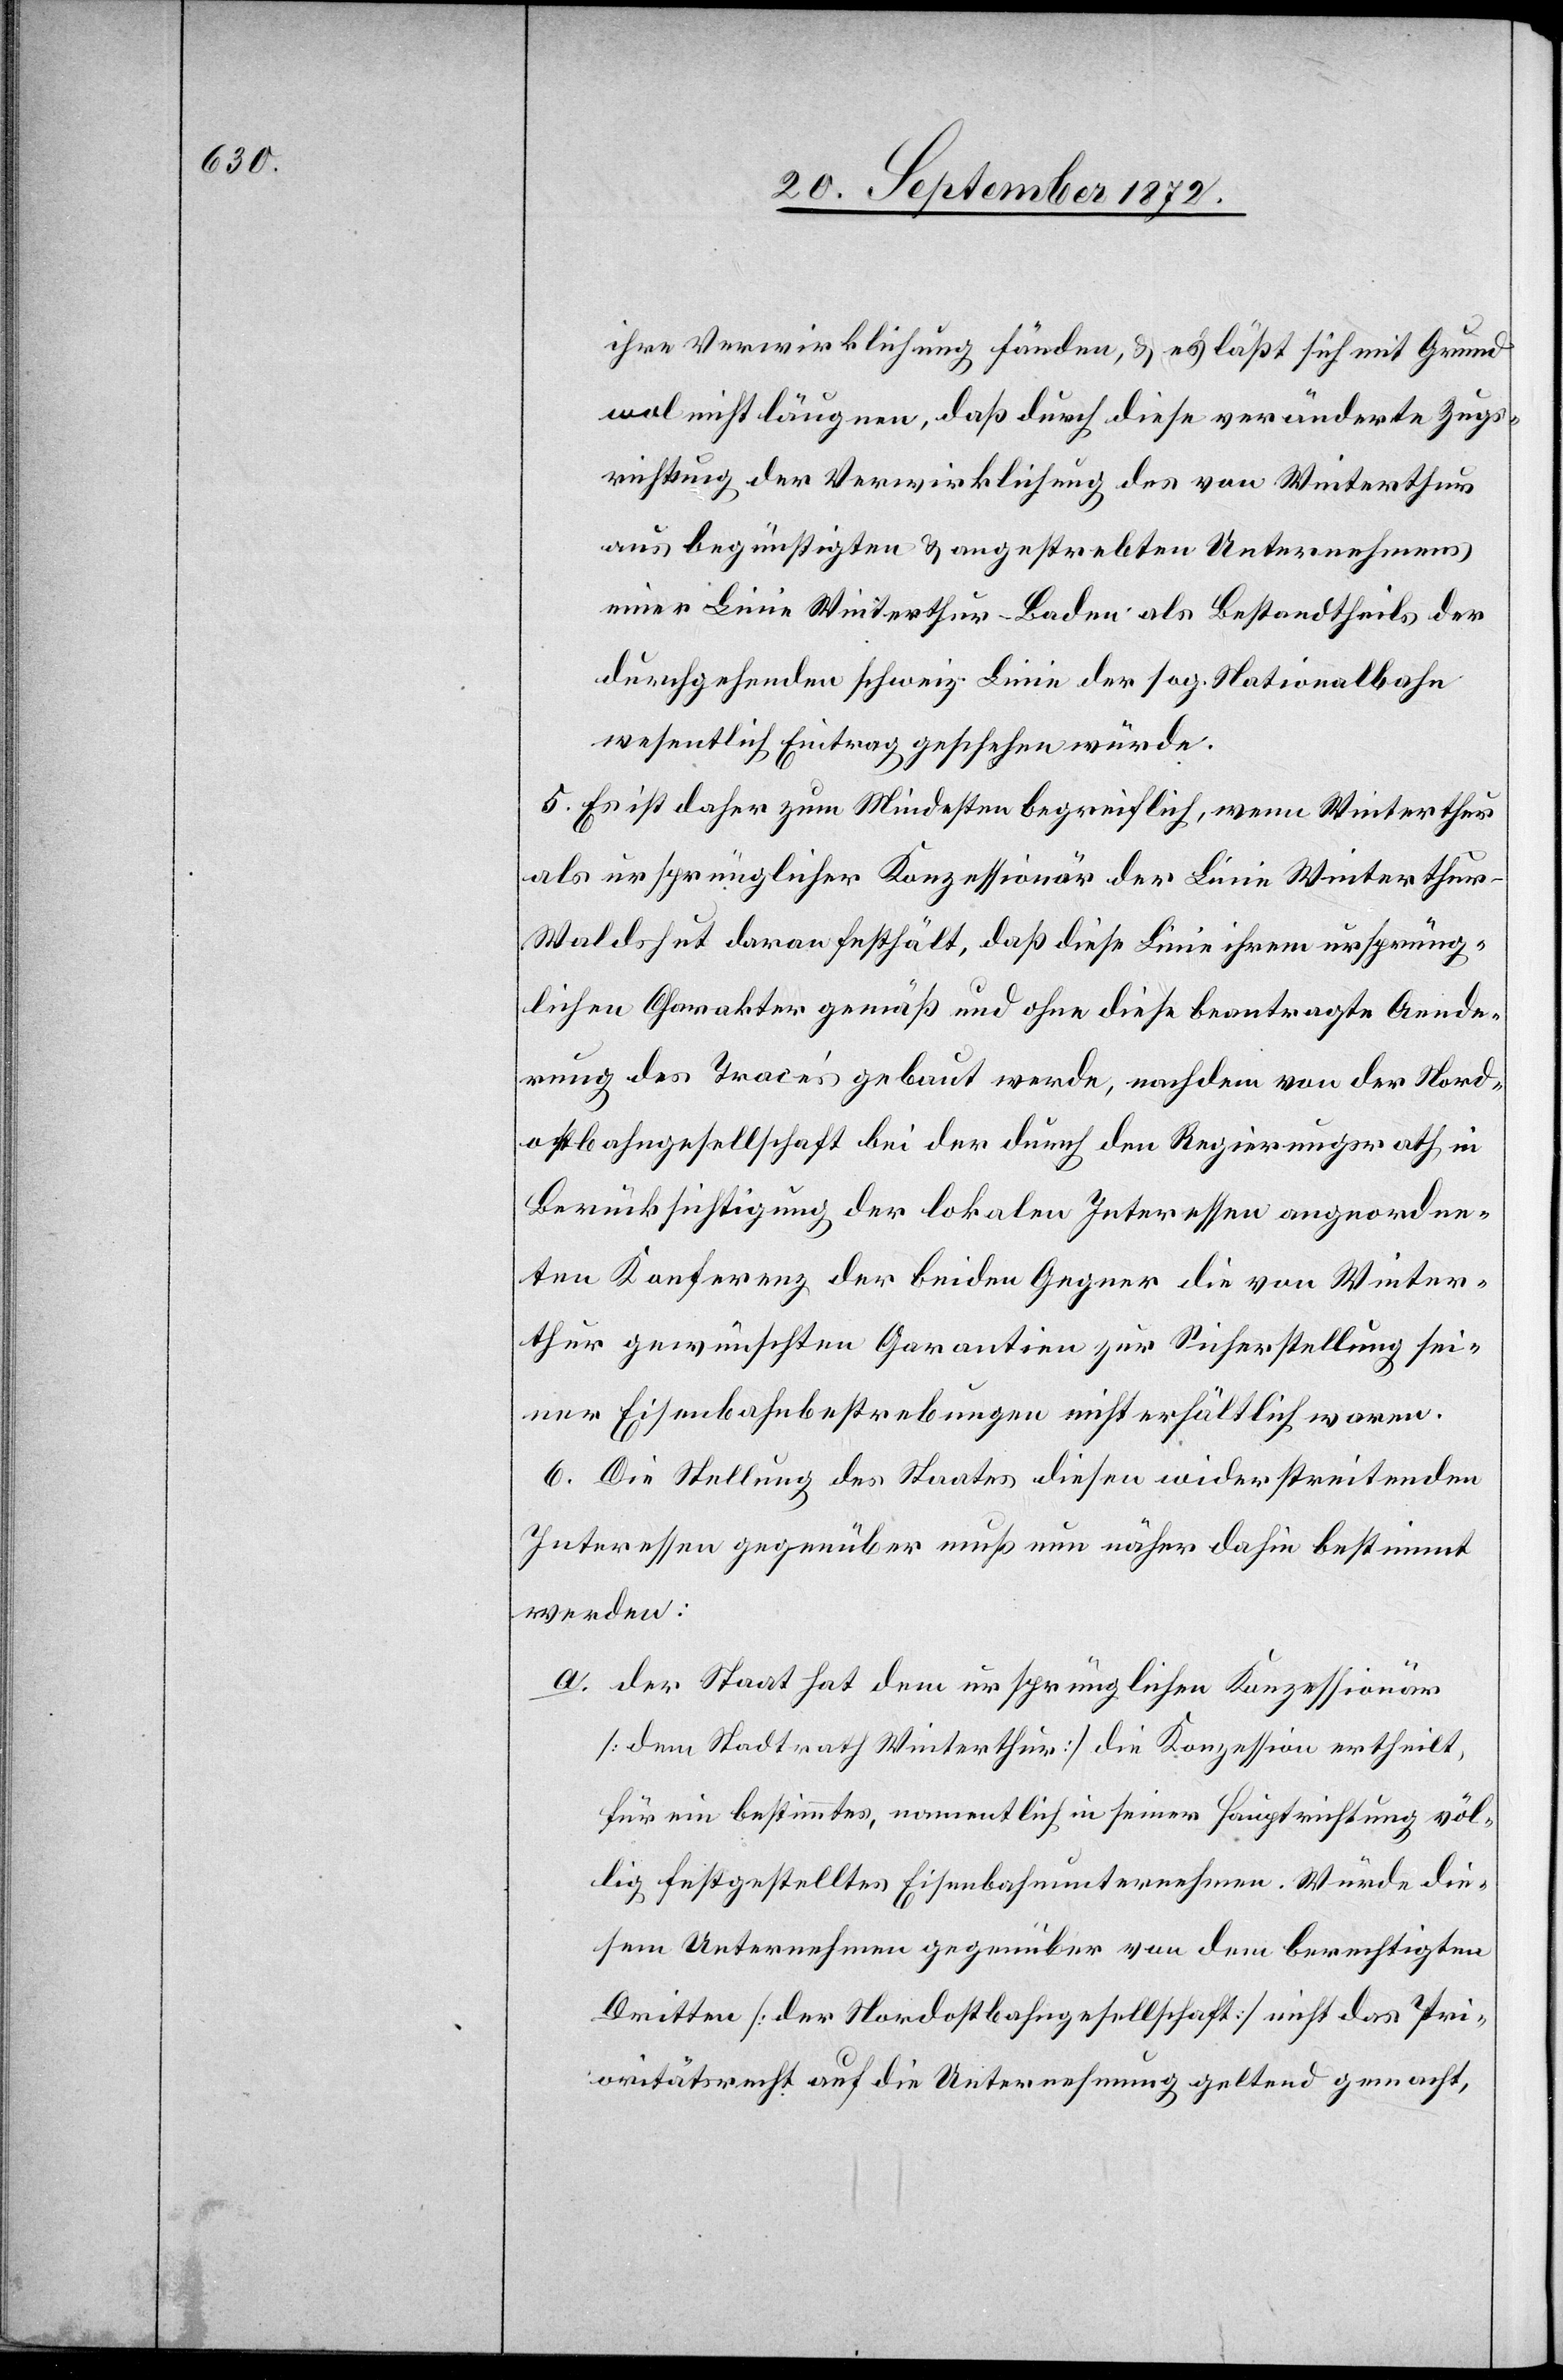
ihre Verwirklichung fänden, u. es läßt sich mit Grund
wol nicht läugnen, daß durch diese veränderte Zugs¬
richtung der Verwirklichung des von Winterthur
aus begünstigten u. angestrebten Unternehmens
einer Linie Winterthur–Baden als Bestandtheile der
durchgehenden schweiz. Linie der sog. Stationalbahn
wesentlich Eintrag geschehen würde.
5. Es ist daher zum Mindesten begreiflich, wenn Winterthur
als ursprünglicher Konzessionär der Linie Winterthu¬
r–Waldshut daran festhält, daß diese Linie ihrem ursprüng¬
lichen Charakter gemäß und ohne diese beantragte Aende¬
rung des Tracés gebaut werde, nachdem von der Nord¬
ostbahngesellschaft bei der durch den Regierungsrath in
Berücksichtigung der lokalen Interessen angeordne¬
ten Konferenz der beiden Gegner die von Winter¬
thur gewünschten Garantien zur Sicherstellung sei¬
ner Eisenbahnbestrebungen nicht erhältlich waren.
6. Die Stellung des Staates diesen widerstreitenden
Interessen gegenüber muß nun näher dahin bestimmt
werden:
a. der Staat hat dem ursprünglichen Konzessionär
[dem Stadtrath Winterthur] die Konzession ertheilt,
für ein bestimmtes, namentlich in seiner Hauptrichtung völ¬
lig festgestelltes Eisenbahnunternehmen. Würde die¬
sem Unternehmen gegenüber von dem berechtigten
Dritten [der Nordostbahngesellschaft] nicht das Pri¬
oritätsrecht auf die Unternehmung geltend gemacht,